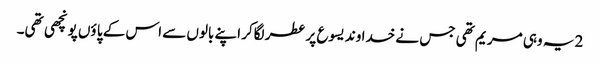
2 یہ وہی مر یم تھی جس نے خدا وند یسوع پر عطر لگاکر اپنے بالوں سے اس کے پا ؤں پونچھی تھی۔